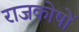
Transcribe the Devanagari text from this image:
राजकोषों